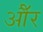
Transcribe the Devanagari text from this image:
औॅर